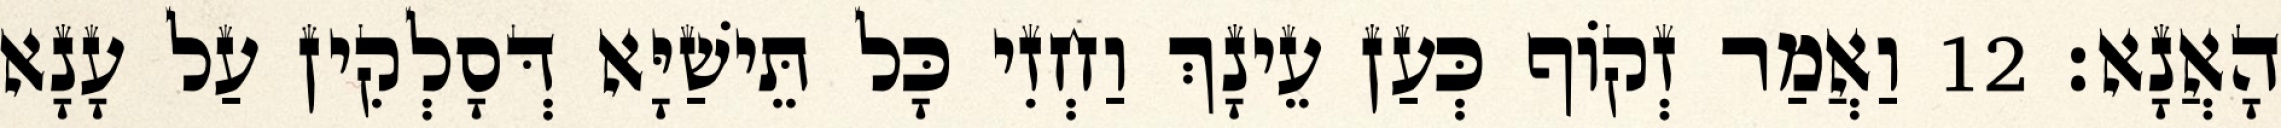
הָאֲנָא׃ 12 וַאֲמַר זְקוֹף כְּעַן עֵינָךְ וַחְזִי כָּל תֵּישַׁיָּא דְּסָלְקִין עַל עָנָא